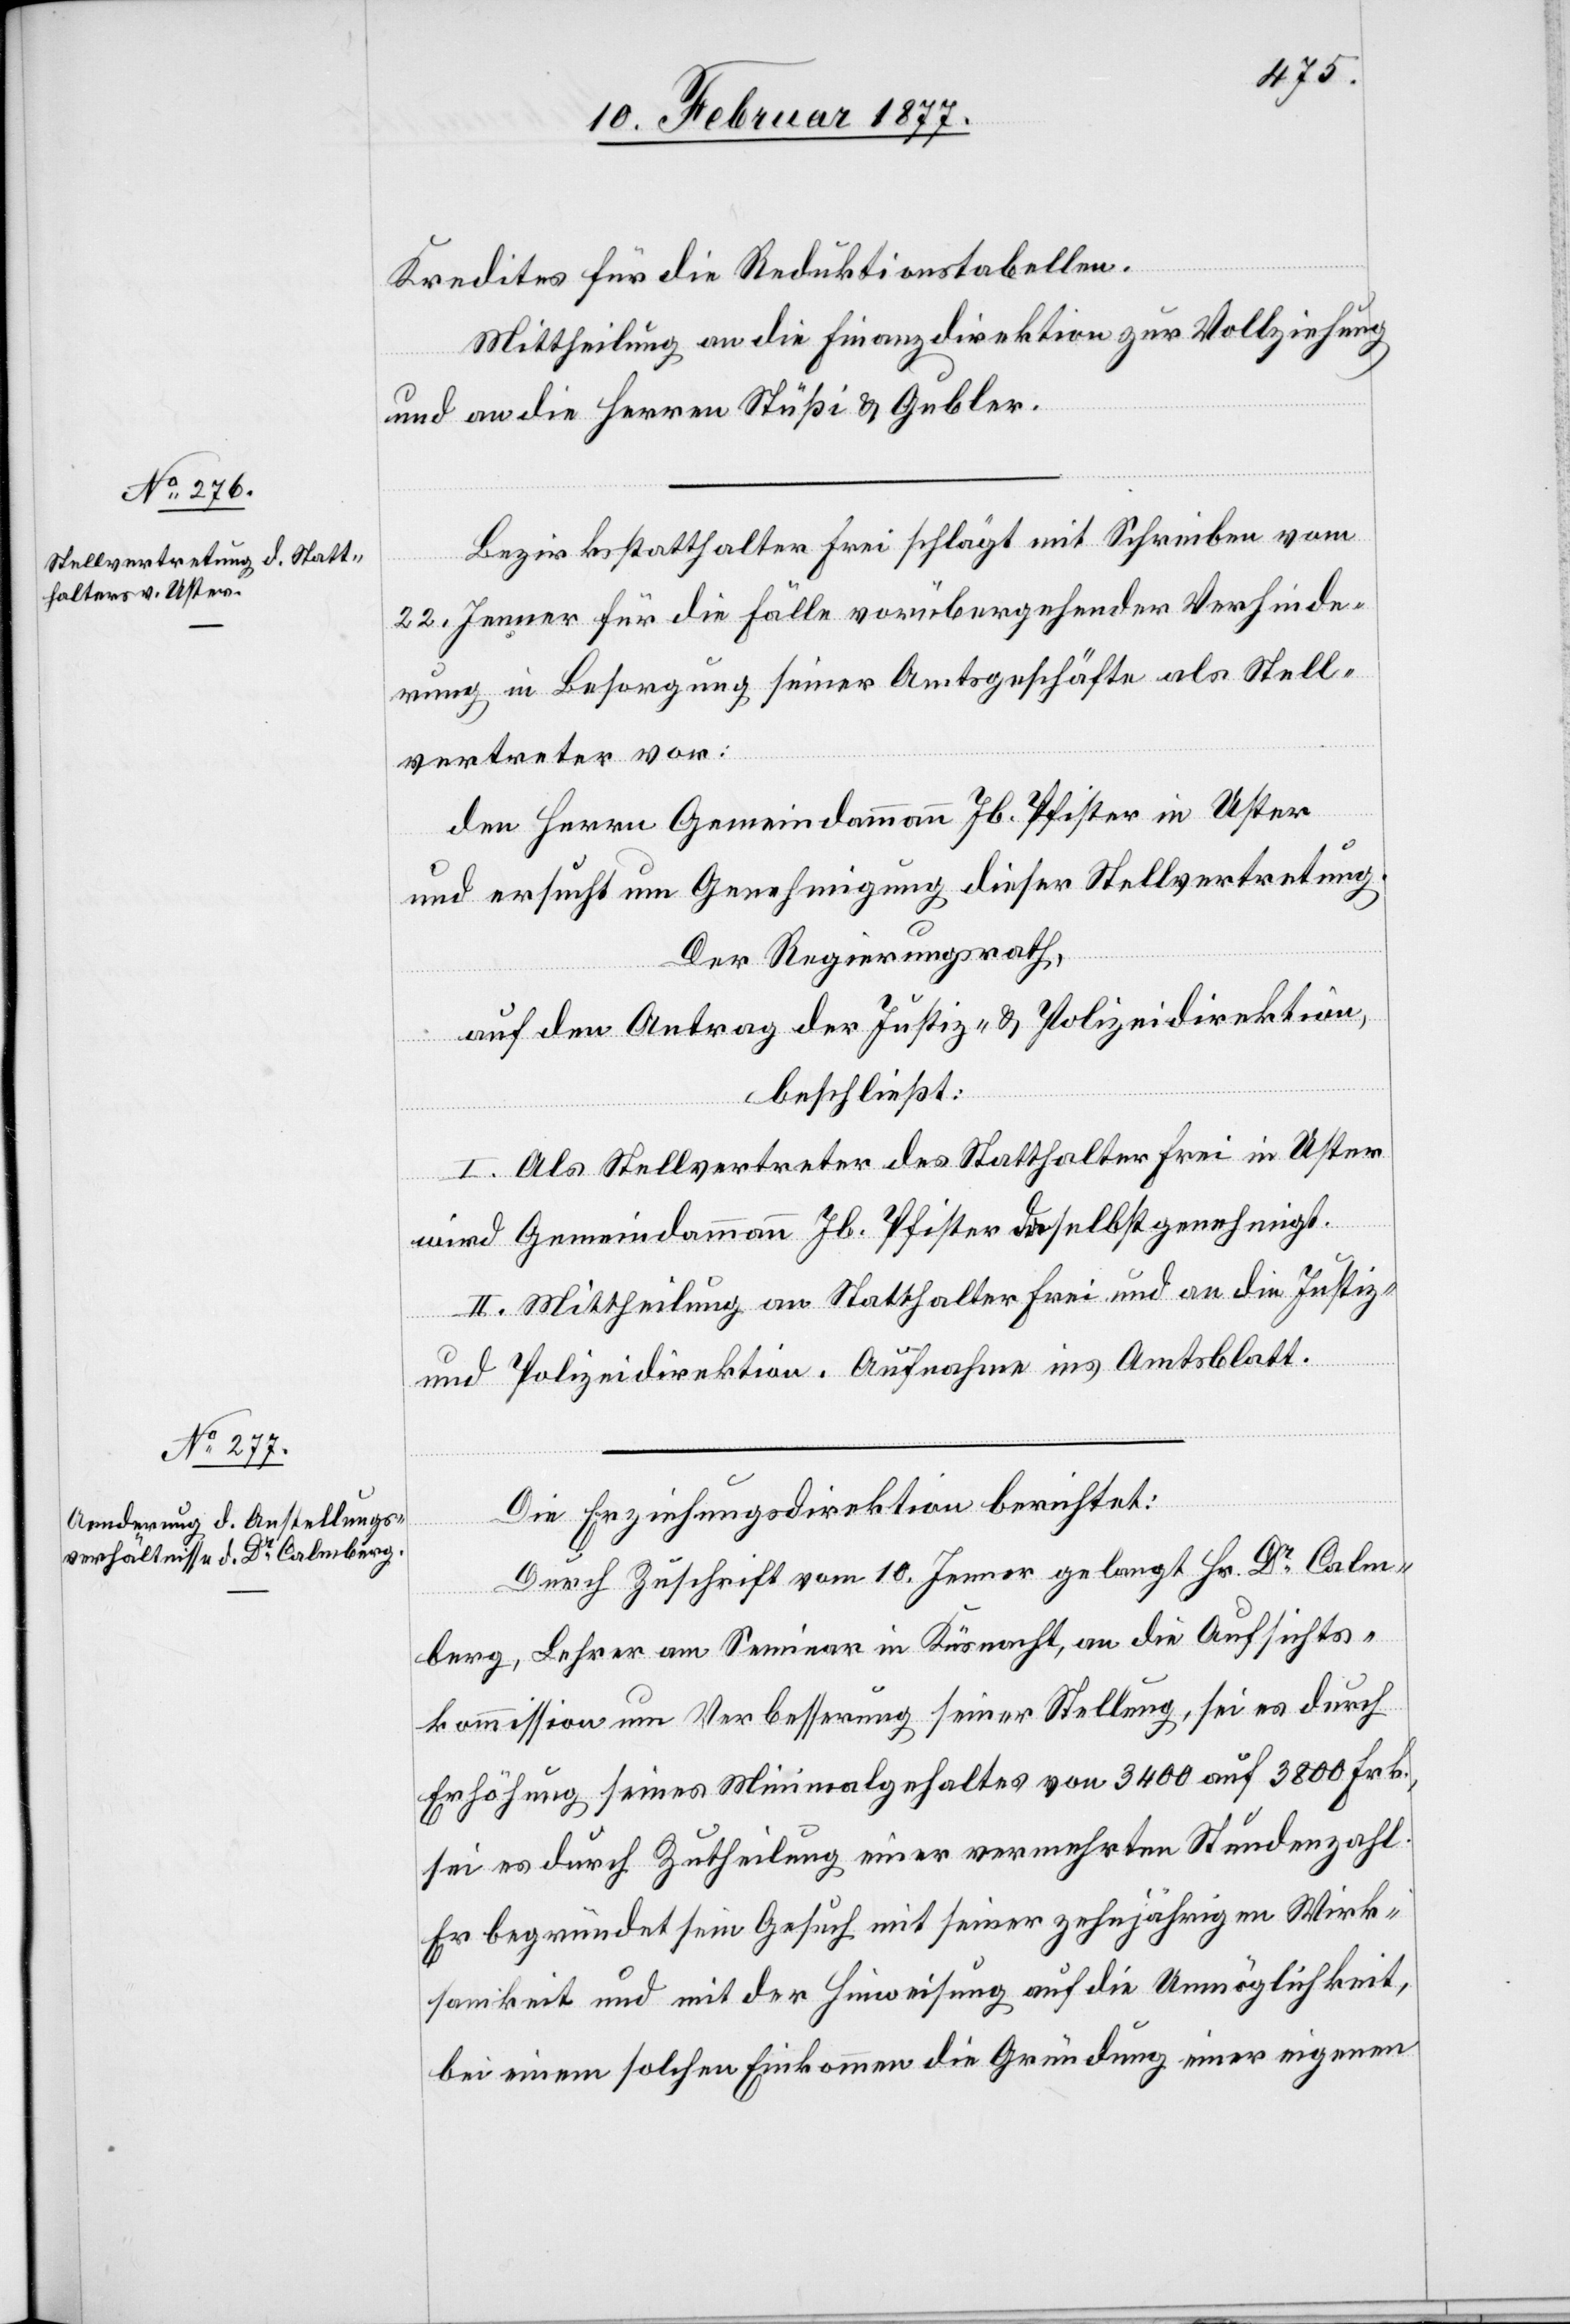
Kredites für die Reduktionstabellen.
Mittheilung an die Finanzdirektion zur Vollziehung
und an die Herren Stüßi & Gubler.
Bezirksstatthalter Frei schlägt mit Schreiben vom
22. Jenner für die Fälle vorübergehender Verhinde¬
rung in Besorgung seiner Amtsgeschäfte als Stell¬
vertreter vor:
den Herrn Gemeindammann Jb. Pfister in Uster
und ersucht um Genehmigung dieser Stellvertretung.
Der Regierungsrath,
beschließt:
I. Als Stellvertreter des Statthalter Frei in Uster
der
wird Gemeindammann Jb. Pfister daselbst genehmigt.
II. Mittheilung an Statthalter Frei und an die Justiz-
ages
und Polizeidirektion. Aufnahme ins Amtsblatt.
Die Erziehungsdirektion berichtet:
Durch Zuschrift vom 10. Jenner gelangt Hr. Dr Calm¬
berg, Lehrer am Seminar in Küsnacht, an die Aufsichts¬
kommission um Verbesserung seiner Stellung, sei es durch
Erhöhung seines Minimalgehaltes von 3400 auf 3800 Frk.,
sei es durch Zutheilung einer vermehrten Stundenzahl.
Er begründet sein Gesuch mit seiner zehnjährigen Wirk¬
samkeit und mit der Hinweisung auf die Unmöglichkeit,
bei einem solchen Einkommen die Gründung einer eigenen